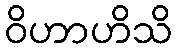
ဝိဟာဟိသိ